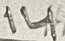
Text: 14